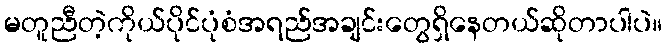
မတူညီတဲ့ကိုယ်ပိုင်ပုံစံအရည်အချင်းတွေရှိနေတယ်ဆိုတာပါပဲ။